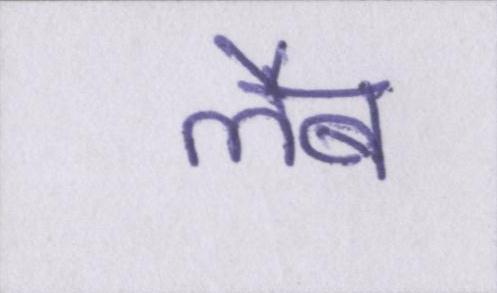
लैब